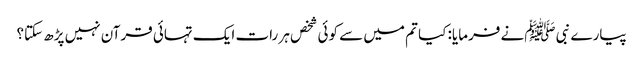
پیارے نبی ﷺنے فرمایا: کیا تم میں سے کوئی شخص ہر رات ایک تہائی قرآن نہیں پڑھ سکتا؟